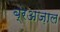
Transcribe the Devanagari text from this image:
ब्रेअज़ाल